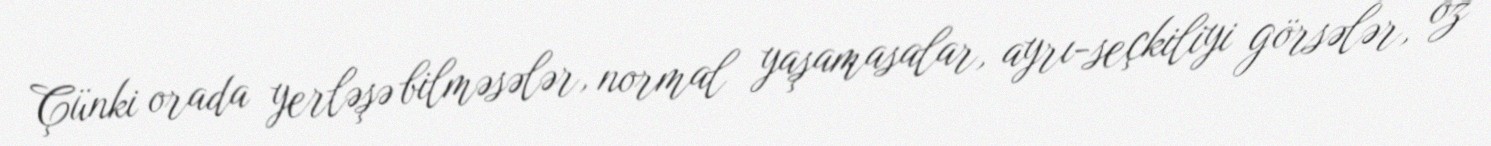
Çünki orada yerləşə bilməsələr, normal yaşamasalar, ayrı-seçkiliyi görsələr, öz